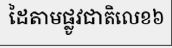
ដៃតាមផ្លូវជាតិលេខ៦